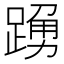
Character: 𨃒